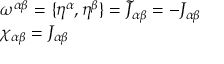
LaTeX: \begin{array} { l } { { \omega ^ { \alpha \beta } = \{ \eta ^ { \alpha } , \eta ^ { \beta } \} = \tilde { J } _ { \alpha \beta } = - J _ { \alpha \beta } } } \\ { { \chi _ { \alpha \beta } = J _ { \alpha \beta } } } \end{array}